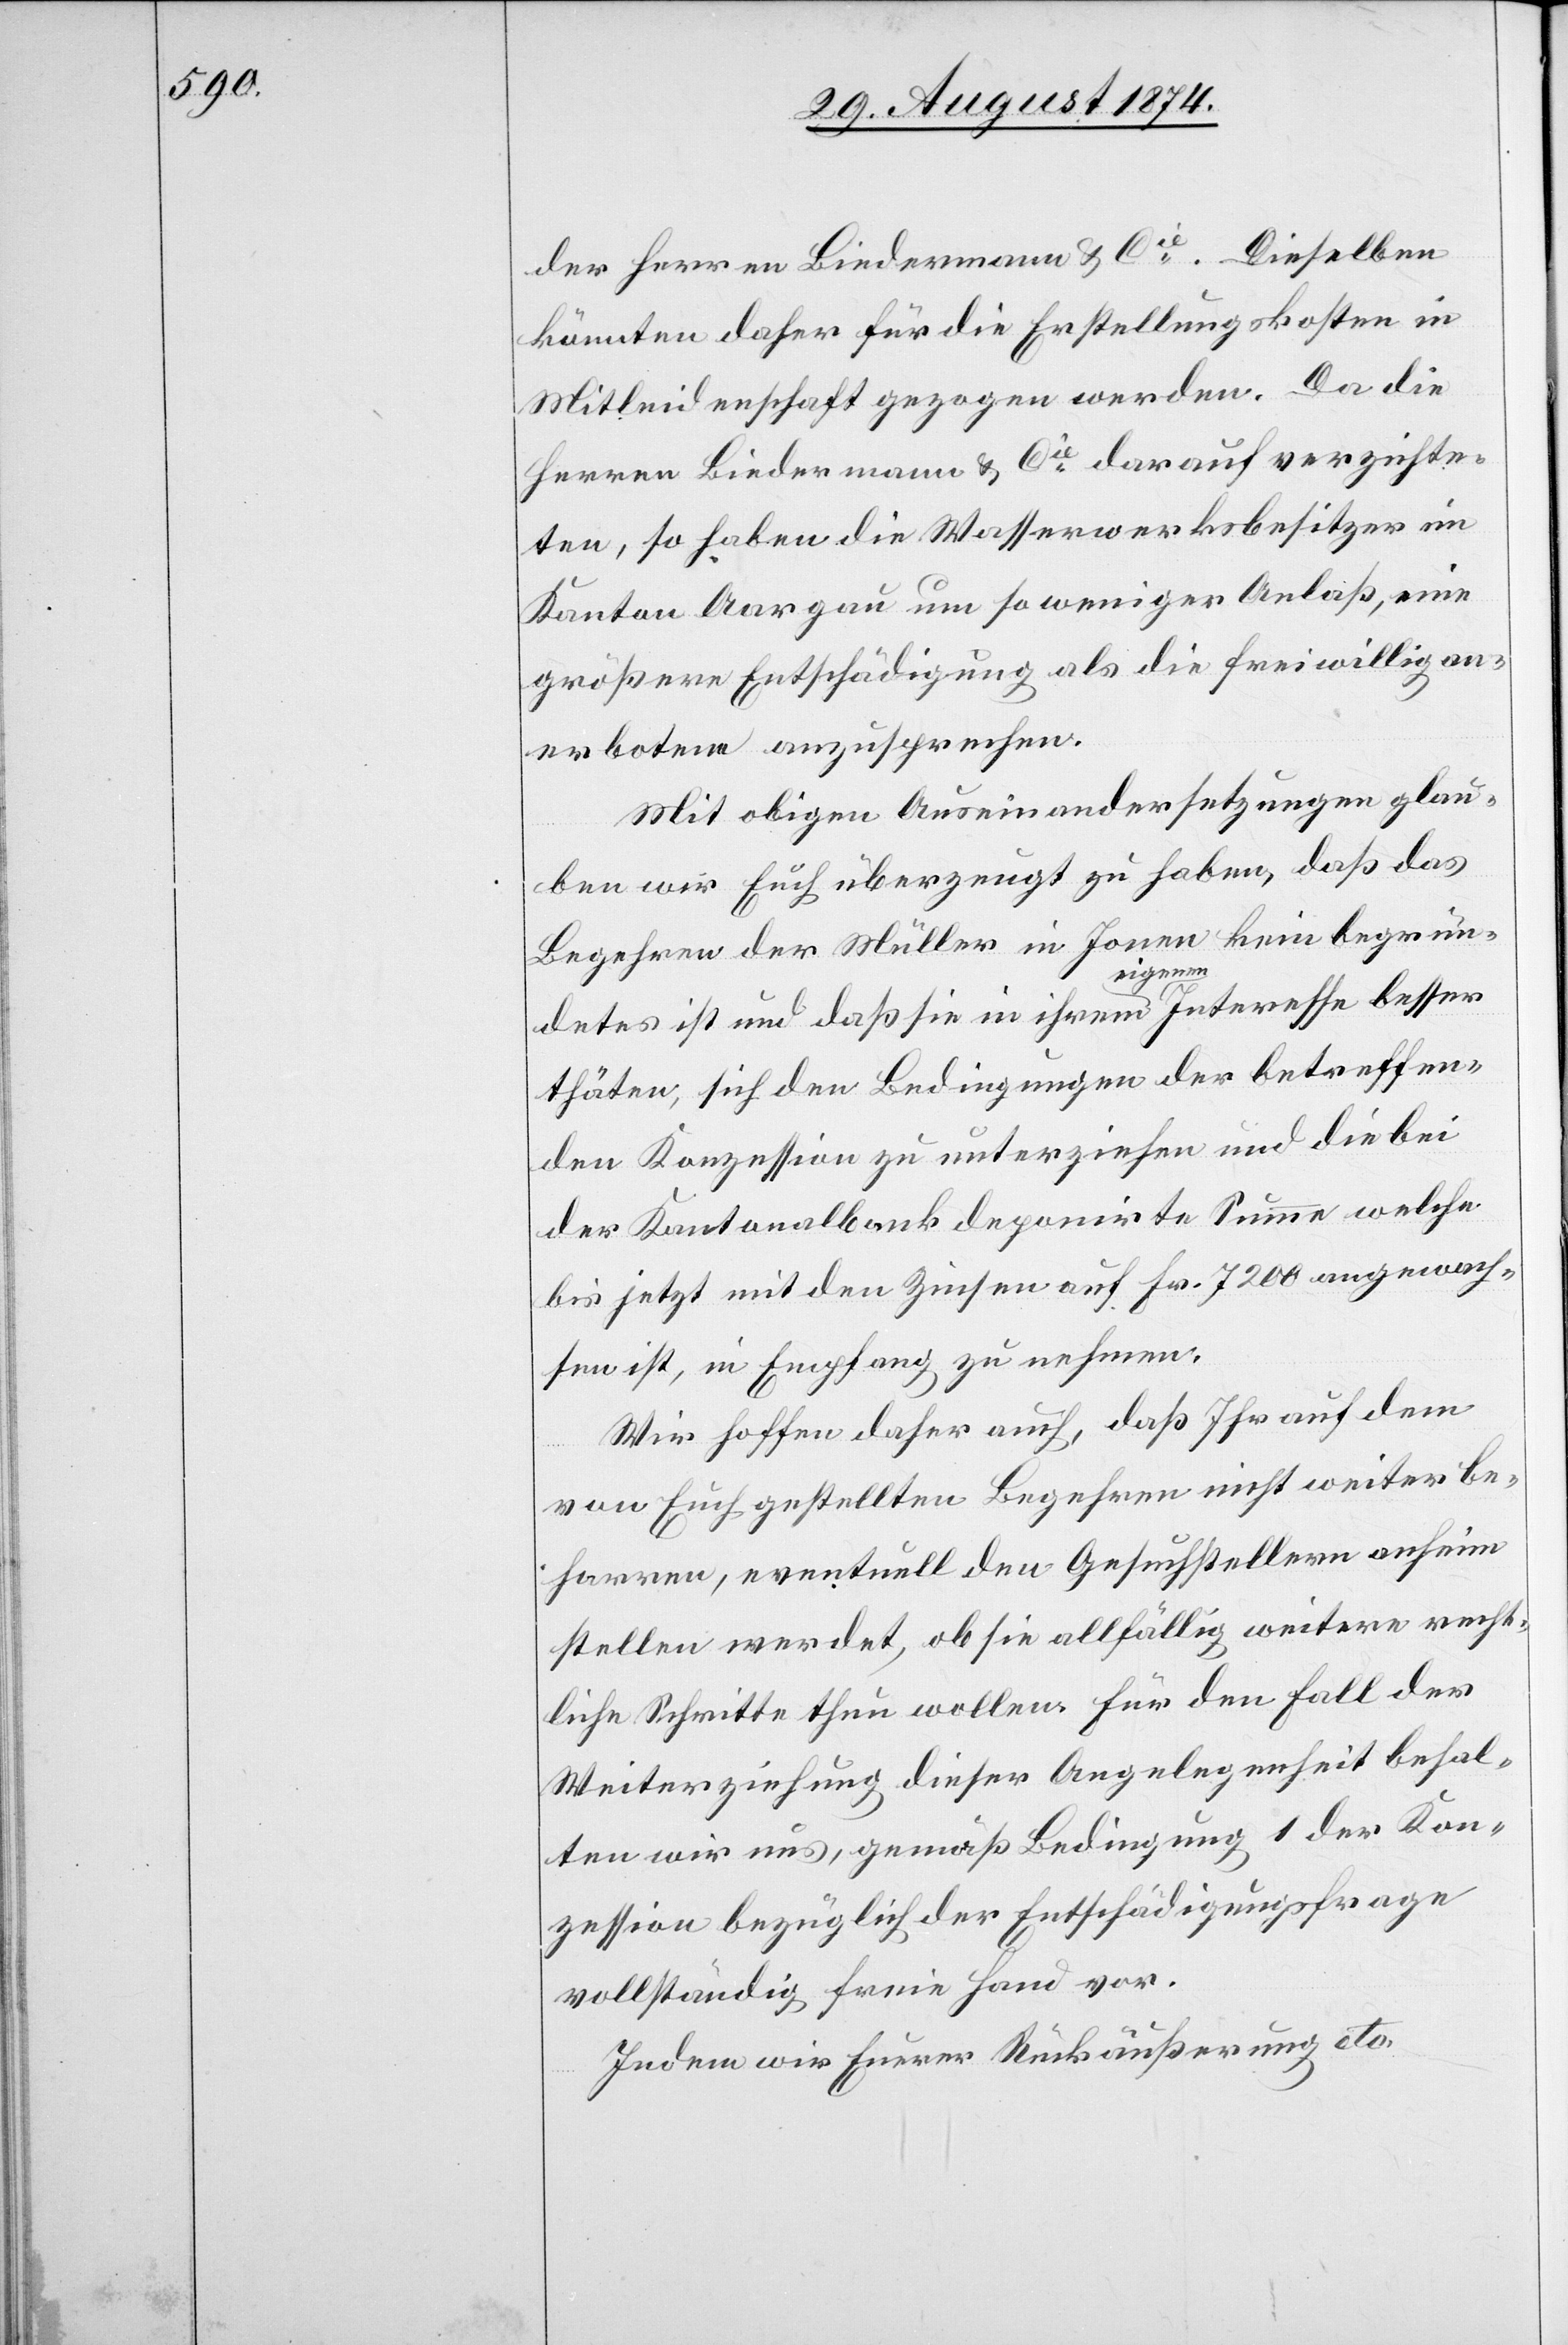
der Herren Biedermann u. Cie. Dieselben
könnten daher für die Erstellungskosten in
Mitleidenschaft gezogen werden. Da die
Herren Biedermann u. Cie darauf verzichte¬
ten, so haben die Wasserwerksbesitzer im
Kanton Aargau um so weniger Anlaß, eine
größere Entschädigung als die freiwillig an¬
erbotene anzusprechen.
Mit obigen Auseinandersetzungen glau¬
ben wir Euch überzeugt zu haben, daß das
en kein begrün¬
Begehren der Müller in Jon¬
detes ist und daß sie in ihrem eigenen Interesse besser
thäten, sich den Bedingungen der betreffen¬
den Konzession zu unterziehen und die bei
der Kantonalbank deponirte Summe welche
bis jetzt mit den Zinsen auf Fr. 7200 angewach¬
sen ist, in Empfang zu nehmen.
Wir hoffen daher auch, daß Ihr auf dem
von Euch gestellten Begehren nicht weiter be¬
harren, eventuell den Gesuchstellern anheim
stellen werdet, ob sie allfällig weitere recht¬
liche Schritte thun wollen. Für den Fall der
Weiterziehung dieser Angelegenheit behal¬
ten wir uns, gemäß Bedingung 1 der Kon¬
zession bezüglich der Entschädigungsfrage
vollständig freie Hand vor.
Indem wir Eurer Rückäußerung etc.